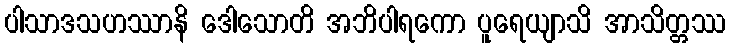
ပါသာဒသဟဿာနိ ဒေါသောတိ အဘိပါရကော ပူရေယျာသိ အာသိတ္တဿ